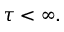
\tau < \infty .